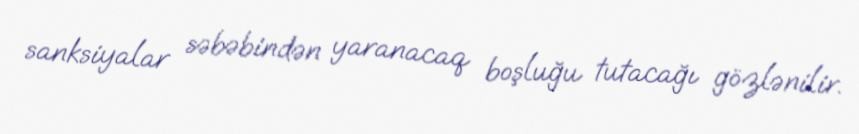
sanksiyalar səbəbindən yaranacaq boşluğu tutacağı gözlənilir.